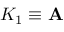
K _ { 1 } \equiv \mathbf { A }